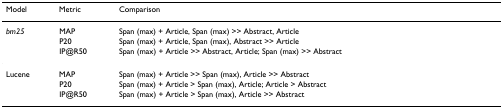
<table><thead><tr><td><b>Model</b></td><td><b>Metric</b></td><td><b>Comparison</b></td></tr></thead><tbody><tr><td><i>bm25</i></td><td>MAP</td><td>Span (max) + Article, Span (max) &gt;&gt; Abstract, Article</td></tr><tr><td></td><td>P20</td><td>Span (max) + Article, Span (max), Abstract &gt;&gt; Article</td></tr><tr><td></td><td>IP@R50</td><td>Span (max) + Article &gt;&gt; Abstract, Article; Span (max) &gt;&gt; Abstract</td></tr><tr><td>Lucene</td><td>MAP</td><td>Span (max) + Article &gt;&gt; Span (max), Article &gt;&gt; Abstract</td></tr><tr><td></td><td>P20</td><td>Span (max) + Article &gt; Span (max), Article; Article &gt; Abstract</td></tr><tr><td></td><td>IP@R50</td><td>Span (max) + Article &gt; Span (max), Article &gt;&gt; Abstract</td></tr></tbody></table>